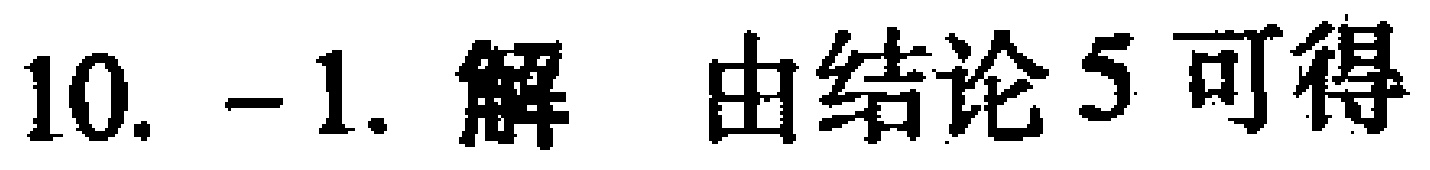
10. -1. 解 由结论5可得